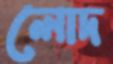
লোদ